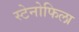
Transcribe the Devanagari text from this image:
स्टेनोफिला